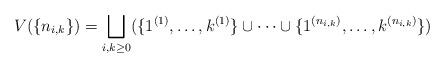
LaTeX: \begin{align*} V(\{n_{i, k}\}) = \bigsqcup_{i, k \geq 0} (\{1^{(1)}, \dots, k^{(1)}\} \cup \dots \cup \{1^{(n_{i, k})}, \dots, k^{(n_{i, k})}\}) \end{align*}